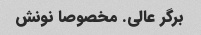
برگر عالی. مخصوصا نونش